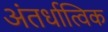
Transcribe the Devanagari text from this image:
अंतर्धात्विक